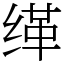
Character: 缂